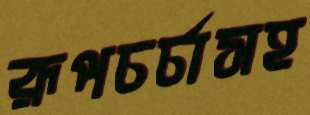
রূপচর্চাসহ